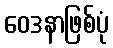
ဝေဒနာဖြစ်ပုံ